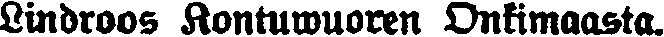
Lindroos Kontuwuoren Onkimaasta.